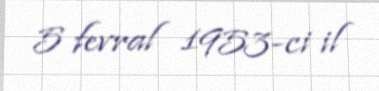
5 fevral 1953-ci il